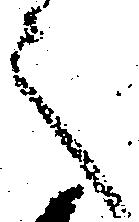
之